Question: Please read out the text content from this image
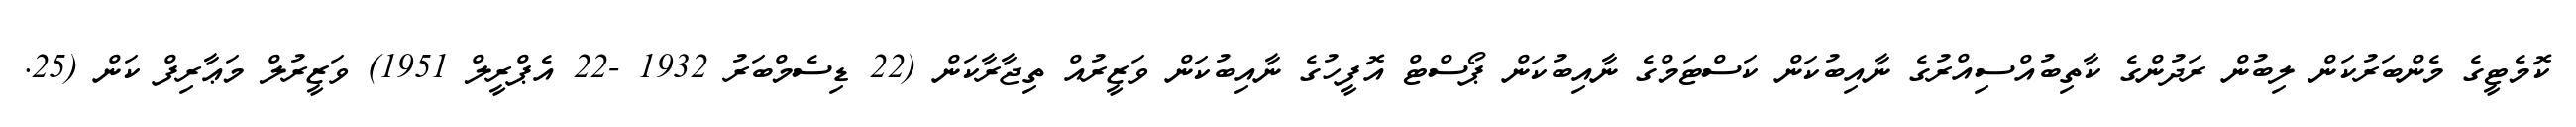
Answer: ކޮމެޓީގެ މެންބަރުކަން ލިބުން ރަދުންގެ ކާތިބުއްސިއްރުގެ ނާއިބުކަން ކަސްޓަމްގެ ނާއިބުކަން ޕޯސްޓް އޮފީހުގެ ނާއިބުކަން ވަޒީރުއް ތިޖާރާކަން (22 ޑިސެމްބަރު 1932 -22 އެޕްރީލް 1951) ވަޒީރުލް މަޢާރިފް ކަން (25.